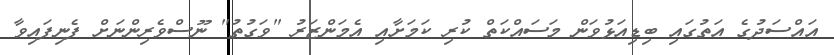
އައްސަދުގެ އަތުގައި ބިޑިއަޅުވަން މަސައްކަތް ކުރި ކަމަށާއި އެމަންޒަރު "ވަގުތު" ނޫސްވެރިންނަށް ފެނިފައިވާ